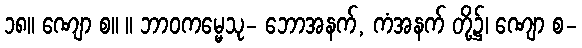
၁၈။ ဏျော စ။ ။ ဘာဝကမ္မေသု- ဘောအနက်, ကံအနက် တို့၌၊ ဏျော စ-